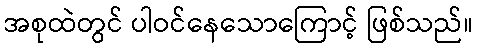
အစုထဲတွင် ပါဝင်နေသောကြောင့် ဖြစ်သည်။